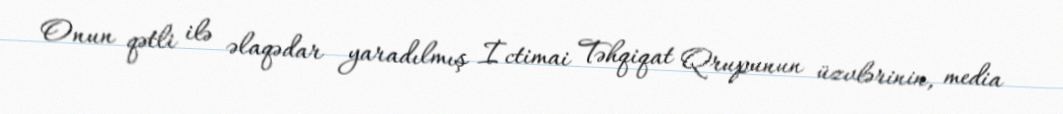
Onun qətli ilə əlaqədar yaradılmış İctimai Təhqiqat Qrupunun üzvlərinin, media